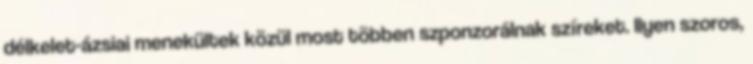
délkelet-ázsiai menekültek közül most többen szponzorálnak szíreket. Ilyen szoros,